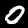
Digit: 0